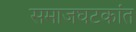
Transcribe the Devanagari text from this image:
समाजघटकांत